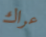
عراك